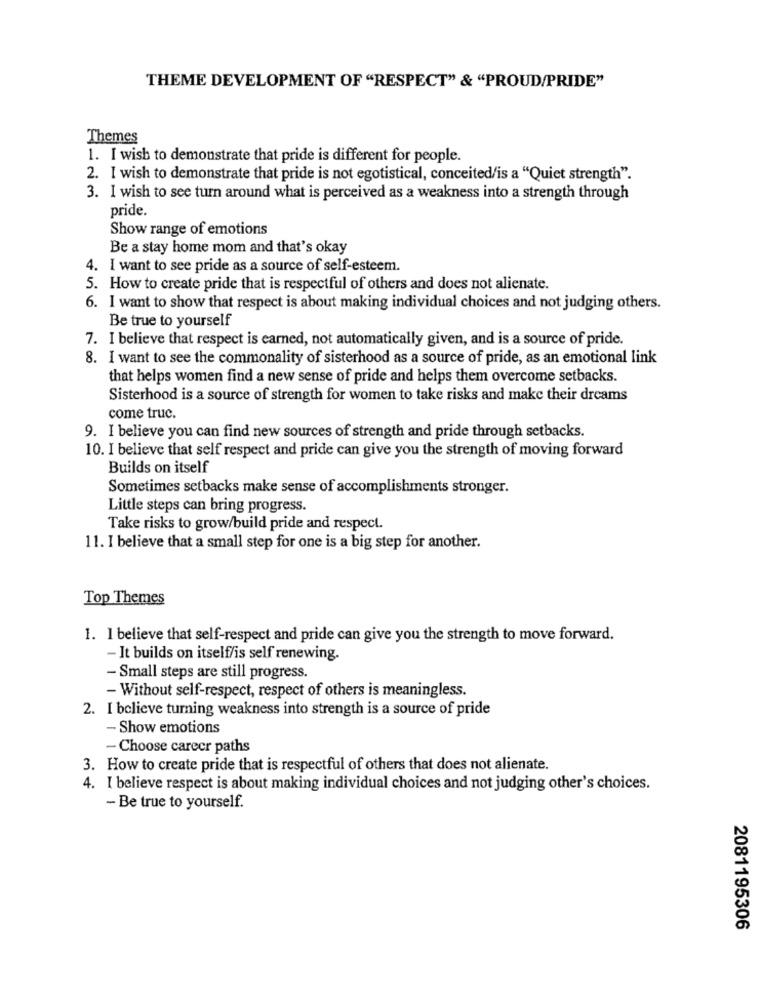
THEME DEVELOPMENT OF "RESPECT" & "PROUD/PRIDE"
Themes
1. I wish to demonstrate that pride is different for people.
2. I wish to demonstrate that pride is not egotistical, conceited/is a "Quiet strength".
3. I wish to see turn around what is perceived as a weakness into a strength through
pride.
Show range of emotions
Be a stay home mom and that's okay
4. I want to see pride as a source of self-esteem.
5. How to create pride that is respectful of others and does not alienate.
6. I want to show that respect is about making individual choices and not judging others.
Be true to yourself
7. I believe that respect is earned, not automatically given, and is a source of pride.
8. I want to see the commonality of sisterhood as a source of pride, as an emotional link
that helps women find a new sense of pride and helps them overcome setbacks.
Sisterhood is a source of strength for women to take risks and make their dreams
come truc.
9. I believe you can find new sources of strength and pride through setbacks.
10. I believe that self respect and pride can give you the strength of moving forward
Builds on itself
Sometimes setbacks make sense of accomplishments stronger.
Little steps can bring progress.
Take risks to grow/build pride and respect.
11. I believe that a small step for one is a big step for another.
Top Themes
1. I believe that self-respect and pride can give you the strength to move forward.
- It builds on itself/is self renewing.
- Small steps are still progress.
- Without self-respect, respect of others is meaningless.
2. I believe turning weakness into strength is a source of pride
- Show emotions
- Choose career paths
3. How to create pride that is respectful of others that does not alienate.
4. I believe respect is about making individual choices and not judging other's choices.
- Be true to yourself.
2081195306